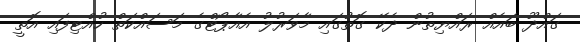
ގައްދޫ ބައެއް ރައްޔިތުން ދެކޭ ގޮތުގައި މާވަރުލު އެއާޕޯޓްގެ މަސައްކަތް ހުއްޓިފައި އޮތީ